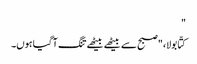
"
کتّا بولا، "صبح سے بیٹھے بیٹھے تنگ آ گیا ہوں۔